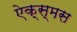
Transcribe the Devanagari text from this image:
ऐक्स्मस